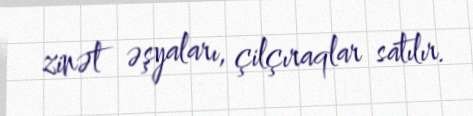
zinət əşyaları, çilçıraqlar satılır.